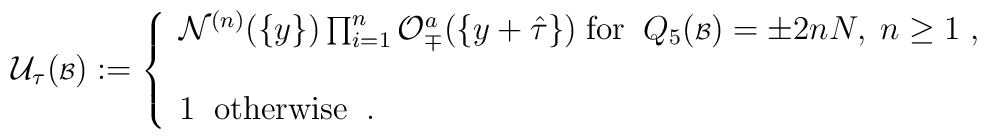
{\cal U}_\tau ({\scriptstyle {\cal B}}) :=\left\{ \begin{array}{l}{\cal N}^{(n)} (\{y\})  \prod_{i=1}^n {\cal O}^a_\mp (\{y+\hat{\tau}\})\; \mbox{for} \; \; Q_5({\scriptstyle{\cal B}}) = \pm 2nN , \; n \geq 1 \; , \\\; \\1 \; \; \mbox{otherwise} \; \; . \end{array} \right.